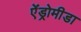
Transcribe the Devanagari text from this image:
ऐंड्रोमीडा